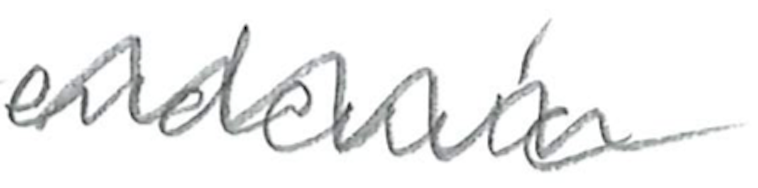
Text: endemic
Cross-out: zig-zag
Writing tool: pencil